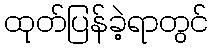
ထုတ်ပြန်ခဲ့ရာတွင်